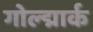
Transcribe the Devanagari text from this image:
गोल्द्मार्क